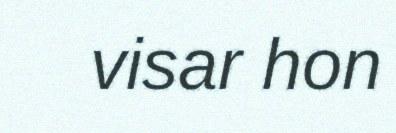
visar hon